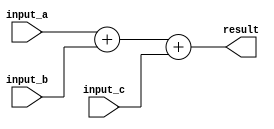
module TriplePrecisionFloatingPointUnit (
    input [63:0] input_a,
    input [63:0] input_b,
    input [63:0] input_c,
    output reg [63:0] result
);

// Arithmetic blocks such as adders, subtractors, multipliers, and dividers
always @* begin
    result = input_a + input_b + input_c; // Addition of three inputs
    // Additional arithmetic operations can be added here
end

// Error checking and rounding logic
// Additional logic for error checking and rounding can be added here

endmodule